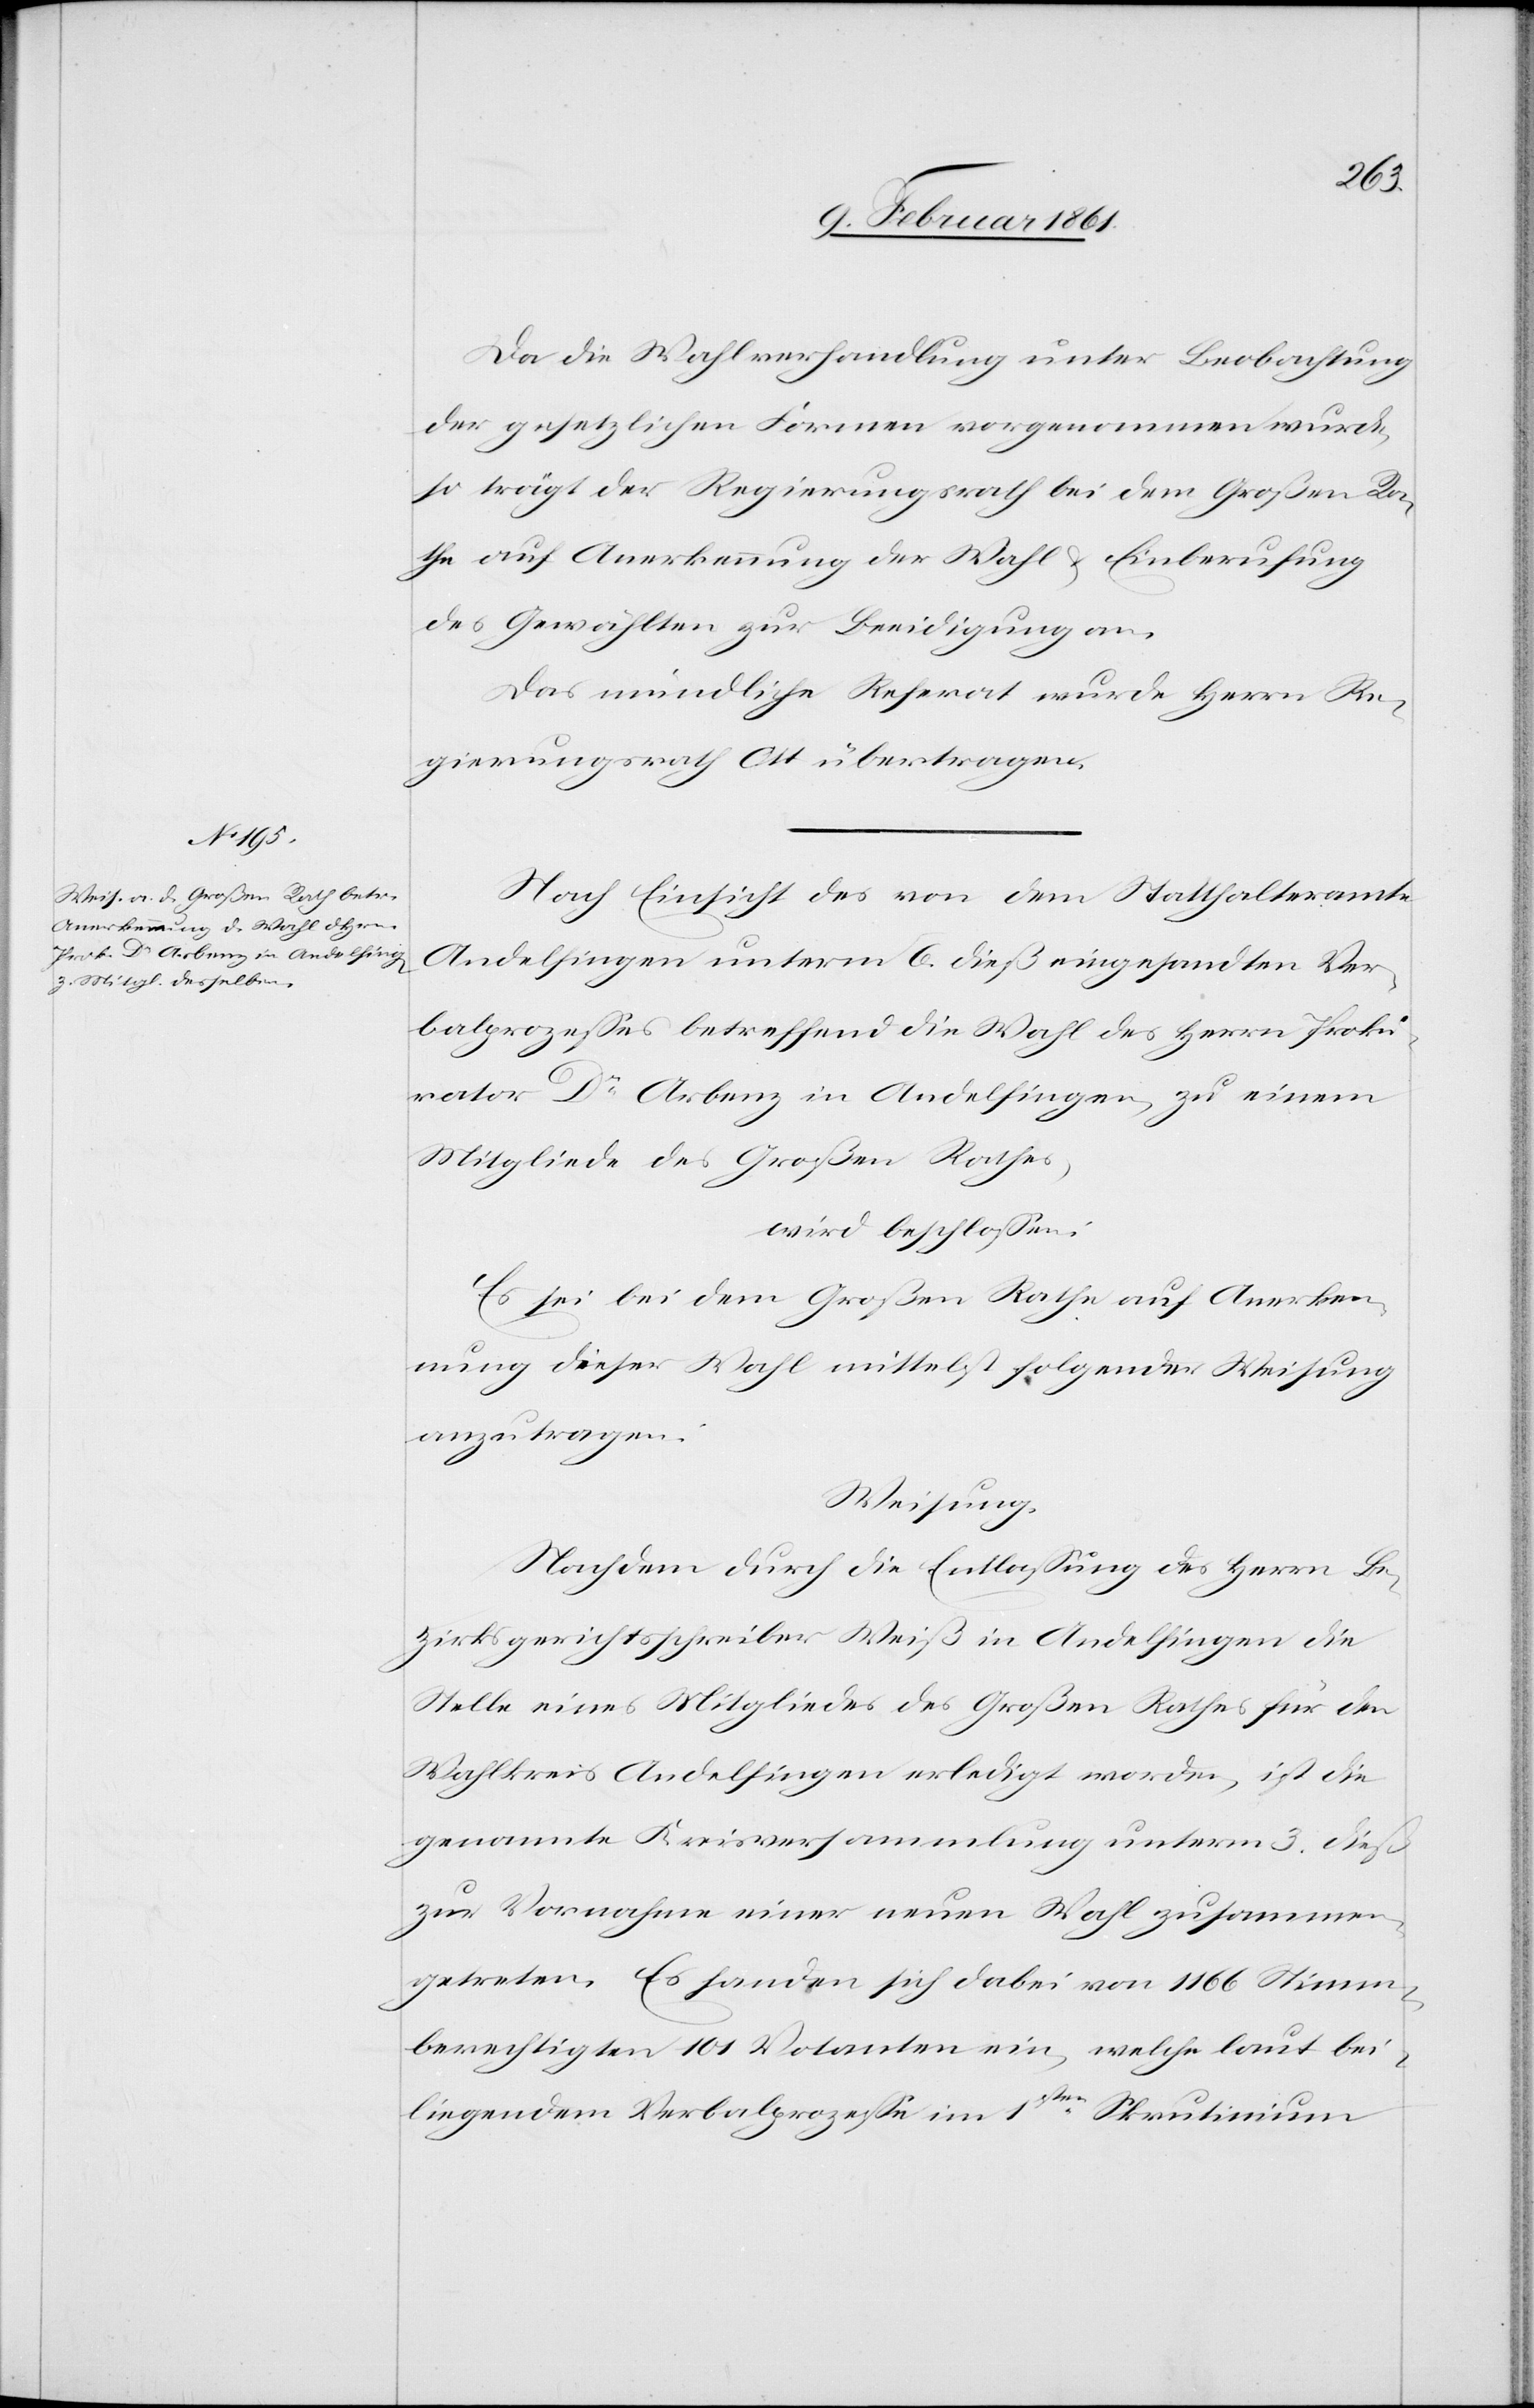
Da die Wahlverhandlung unter Beobachtung
der gesetzlichen Formen vorgenommen wurde,
so trägt der Regierungsrath bei dem Großen Ra¬
the auf Anerkennung der Wahl u. Einberufung
des Gewählten zur Beeidigung an.
Das mündliche Referat wurde Herrn Re¬
gierungsrath Ott übertragen.
Nach Einsicht des von dem Statthalteramte
Andelfingen unterm 6. dieß eingesandten Ver¬
balprozesses betreffend die Wahl des Herrn Proku¬
rator Dr. Arbenz in Andelfingen, zu einem
Mitgliede des Großen Rathes,
wird beschlossen:
Es sei bei dem Großen Rathe auf Anerken¬
nung dieser Wahl mittelst folgender Weisung
anzutragen.
Weisung.
Nachdem durch die Entlassung des Herrn Be¬
zirksgerichtsschreiber Weiß in Andelfingen die
Stelle eines Mitgliedes des Großen Rathes für den
Wahlkreis Andelfingen erledigt worden, ist die
genannte Kreisversammlung unterm 3. dieß
zur Vornahme einer neuen Wahl zusammen¬
getreten. Es fanden sich dabei von 1166 Stimm¬
berechtigten 101 Votanten ein, welche laut bei¬
liegendem Verbalprozesse im 1sten Skrutinium